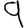
Digit: 9